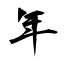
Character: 年